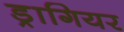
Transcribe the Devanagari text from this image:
ड्रागियर